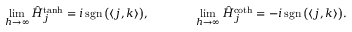
\operatorname* { l i m } _ { h \to \infty } \hat { H } _ { \boldsymbol j } ^ { \operatorname { t a n h } } = i \operatorname { s g n } \big ( \langle \boldsymbol j , \boldsymbol k \rangle \big ) , \qquad \qquad \operatorname* { l i m } _ { h \to \infty } \hat { H } _ { \boldsymbol j } ^ { \coth } = - i \operatorname { s g n } \big ( \langle \boldsymbol j , \boldsymbol k \rangle \big ) .